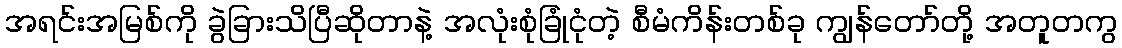
အရင်းအမြစ်ကို ခွဲခြားသိပြီဆိုတာနဲ့ အလုံးစုံခြုံငုံတဲ့ စီမံကိန်းတစ်ခု ကျွန်တော်တို့ အတူတကွ